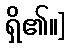
ရှိ၏။]